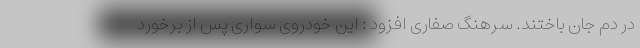
در دم جان باختند. سرهنگ صفاری افزود : این خودروی سواری پس از برخورد